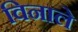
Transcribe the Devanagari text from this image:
विनाले